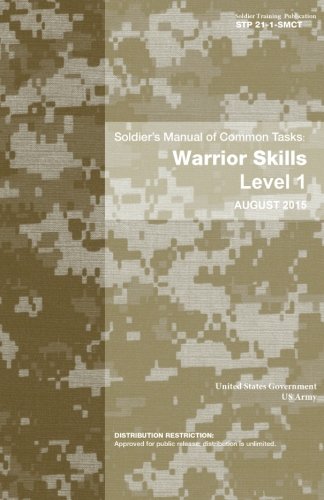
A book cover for Soldier Training Publication STP 21-1-SMCT Soldier's Manual of Common Tasks: Warrior Skills Level 1 August 2015; United States Government US Army; Test Preparation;